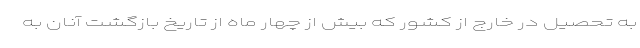
به تحصیل در خارج از کشور که بیش از چهار ماه از تاریخ بازگشت آنان به